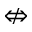
\nLeftrightarrow